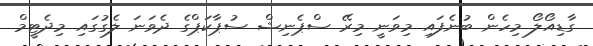
ގާޑިއޯލޯ މިހެން ބުނެފައި މިވަނީ މިރޭ ސްޕެނިޝް ސުޕާކަޕްގެ ދެވަނަ ލެގުގައި މިދެޓީމް